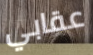
عقابي